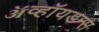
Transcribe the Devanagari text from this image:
ॲव्हॉयडन्स